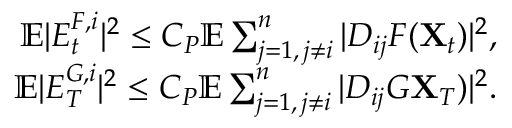
\begin{array} { r } { { \mathbb E } | E _ { t } ^ { F , i } | ^ { 2 } \leq C _ { P } { \mathbb E } \sum _ { j = 1 , \, j \neq i } ^ { n } | D _ { i j } F ( \mathbf { X } _ { t } ) | ^ { 2 } , } \\ { { \mathbb E } | E _ { T } ^ { G , i } | ^ { 2 } \leq C _ { P } { \mathbb E } \sum _ { j = 1 , \, j \neq i } ^ { n } | D _ { i j } G \mathbf { X } _ { T } ) | ^ { 2 } . } \end{array}